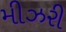
મીઝરી